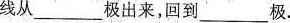
线从___极出来，回到___极。